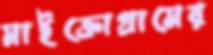
মাইক্রোগ্রামের